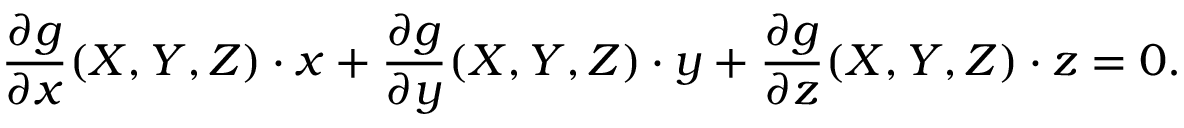
{ \frac { \partial g } { \partial x } } ( X , Y , Z ) \cdot x + { \frac { \partial g } { \partial y } } ( X , Y , Z ) \cdot y + { \frac { \partial g } { \partial z } } ( X , Y , Z ) \cdot z = 0 .